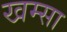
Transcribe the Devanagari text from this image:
खम्सा